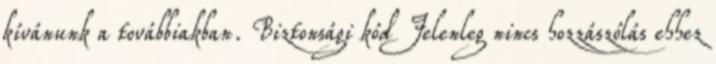
kívánunk a továbbiakban. Biztonsági kód Jelenleg nincs hozzászólás ehhez